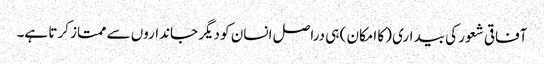
آفاقی شعور کی بیداری (کا امکان ) ہی دراصل انسان کو دیگر جانداروں سے ممتاز کرتا ہے۔